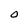
Character: O